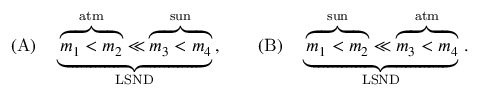
( \mathrm { A } ) \quad \underbrace { \overbrace { m _ { 1 } < m _ { 2 } } ^ { \mathrm { a t m } } \ll \overbrace { m _ { 3 } < m _ { 4 } } ^ { \mathrm { s u n } } } _ { \mathrm { L S N D } } \, , \qquad ( \mathrm { B } ) \quad \underbrace { \overbrace { m _ { 1 } < m _ { 2 } } ^ { \mathrm { s u n } } \ll \overbrace { m _ { 3 } < m _ { 4 } } ^ { \mathrm { a t m } } } _ { \mathrm { L S N D } } \, .